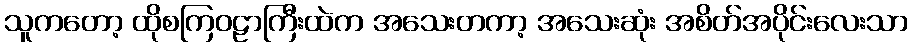
သူကတော့ ထိုစကြဝဠာကြီးထဲက အသေးတကာ့ အသေးဆုံး အစိတ်အပိုင်းလေးသာ